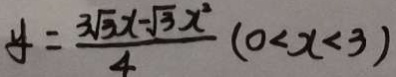
y = \frac { 3 \sqrt { 3 } x - \sqrt { 3 } x ^ { 2 } } { 4 } ( 0 < x < 3 )